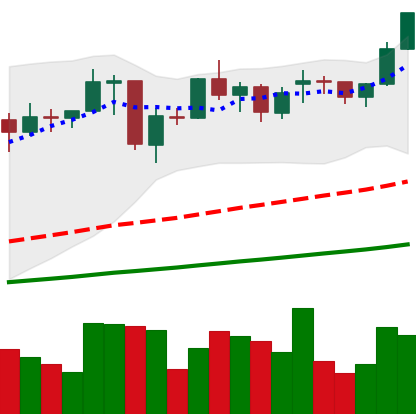
Ticker: ETH-USD
Chart end date: 2021-02-03
Forward return: 5.16%
Label: up_5_7